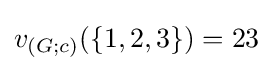
v_{(G;c)}(\{1,2,3\})=23